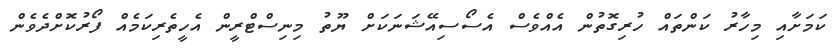
ކަމަށާއި މިހާރު ކަންތައް ހުރިގޮތުން އެއްވެސް އެސޯސިއޭޝަނަކަށް ޔޫތު މިނިސްޓްރީން އެހީތެރިކަމެއް ފޯރުކޮށްދެވެން